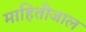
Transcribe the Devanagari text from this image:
माहितीजाल